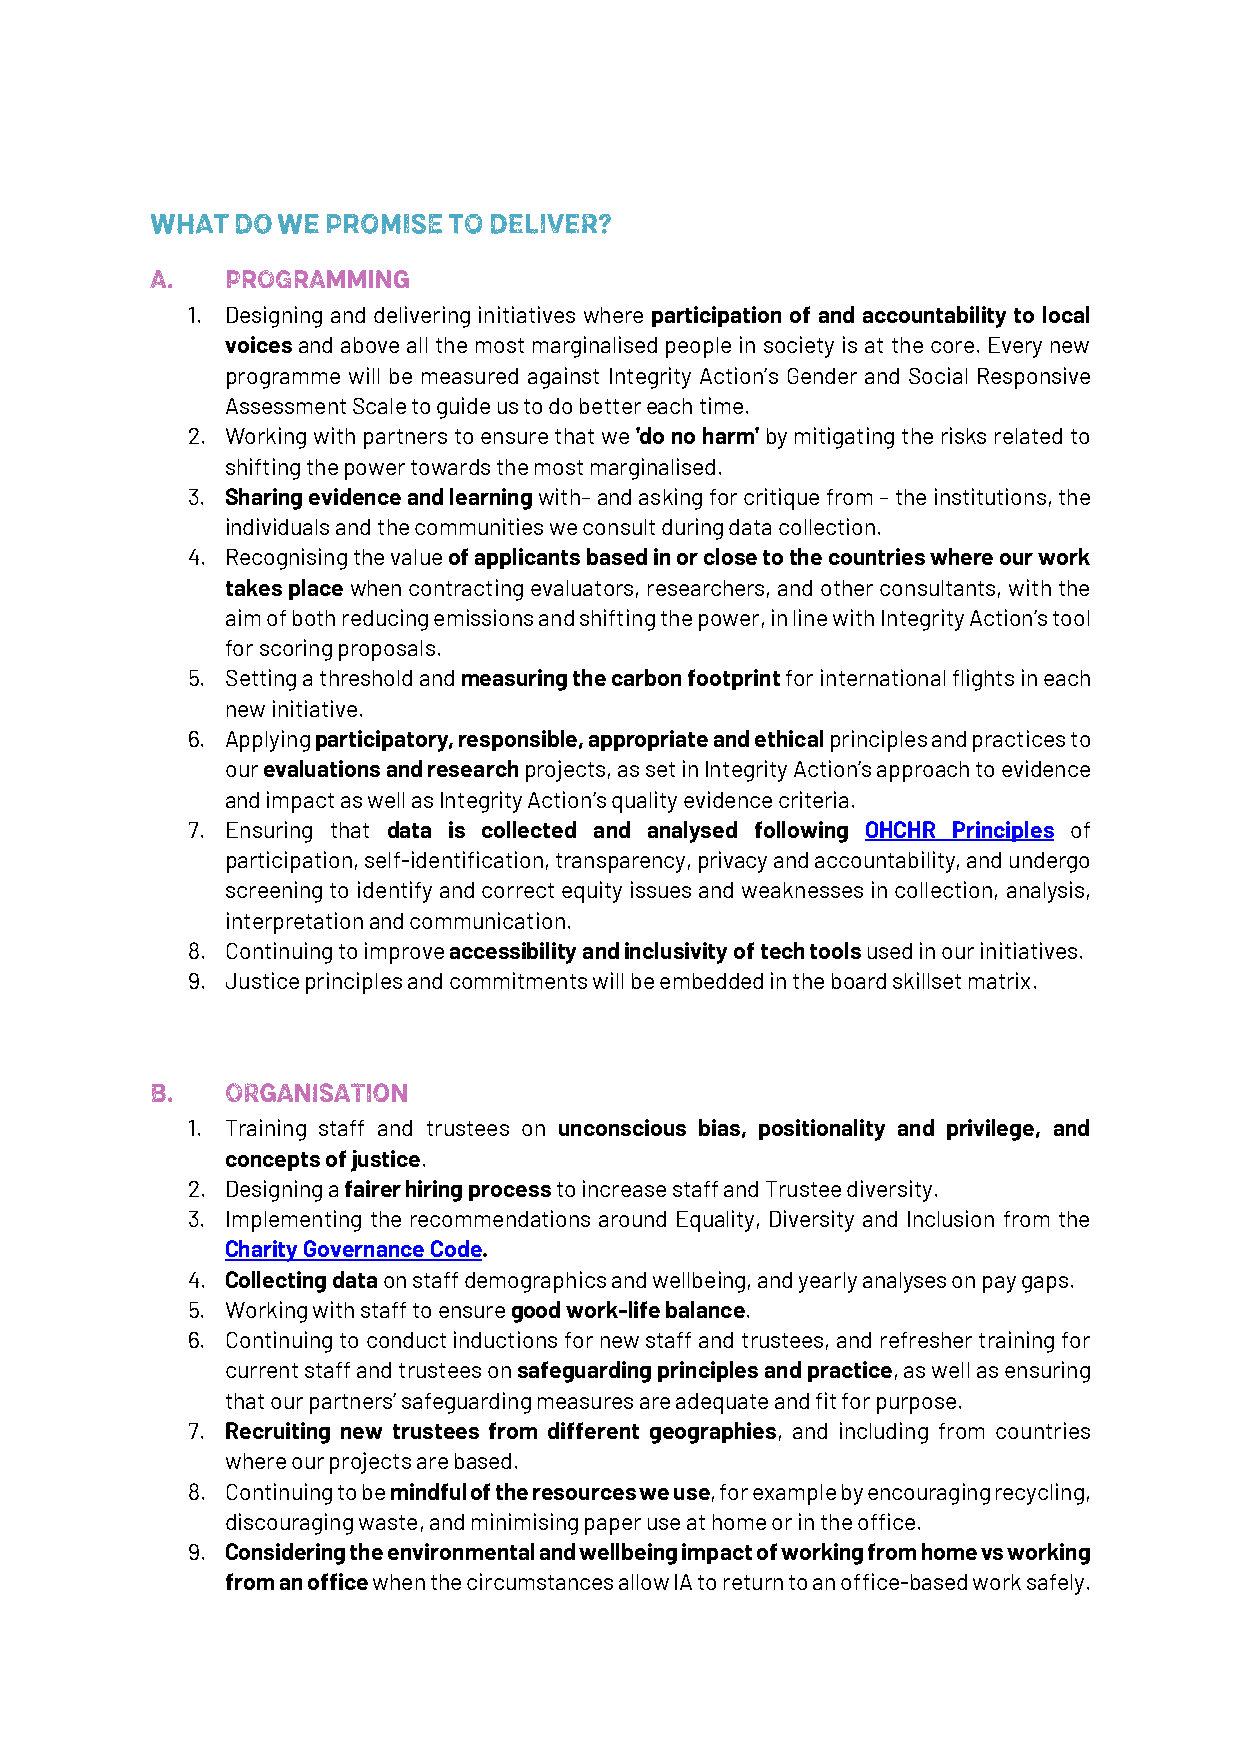
1. Designing and delivering initiatives where participation of and accountability to local
 voices and above all the most marginalised people in society is at the core. Every new
 programme will be measured against Integrity Action’s Gender and Social Responsive
 Assessment Scale to guide us to do better each time.
 2. Working with partners to ensure that we 'do no harm' by mitigating the risks related to
 shifting the power towards the most marginalised.
 3. Sharing evidence and learning with– and asking for critique from – the institutions, the
 individuals and the communities we consult during data collection.
 4. Recognising the value of applicants based in or close to the countries where our work
 takes place when contracting evaluators, researchers, and other consultants, with the
 aim of both reducing emissions and shifting the power, in line with Integrity Action’s tool
 for scoring proposals.
 5. Setting a threshold and measuring the carbon footprint for international flights in each
 new initiative.
 6. Applying participatory, responsible, appropriate and ethical principles and practices to
 our evaluations and research projects, as set in Integrity Action’s approach to evidence
 and impact as well as Integrity Action’s quality evidence criteria.
 7. Ensuring that data is collected and analysed following OHCHR Principles of
 participation, self-identification, transparency, privacy and accountability, and undergo
 screening to identify and correct equity issues and weaknesses in collection, analysis,
 interpretation and communication.
 8. Continuing to improve accessibility and inclusivity of tech tools used in our initiatives.
 9. Justice principles and commitments will be embedded in the board skillset matrix.
 1. Training staff and trustees on unconscious bias, positionality and privilege, and
 concepts of justice.
 2. Designing a fairer hiring process to increase staff and Trustee diversity.
 3. Implementing the recommendations around Equality, Diversity and Inclusion from the
 Charity Governance Code.
 4. Collecting data on staff demographics and wellbeing, and yearly analyses on pay gaps.
 5. Working with staff to ensure good work-life balance.
 6. Continuing to conduct inductions for new staff and trustees, and refresher training for
 current staff and trustees on safeguarding principles and practice, as well as ensuring
 that our partners’ safeguarding measures are adequate and fit for purpose.
 7. Recruiting new trustees from different geographies, and including from countries
 where our projects are based.
 8. Continuing to be mindful of the resources we use, for example by encouraging recycling,
 discouraging waste, and minimising paper use at home or in the office.
 9. Considering the environmental and wellbeing impact of working from home vs working
 from an office when the circumstances allow IA to return to an office-based work safely.